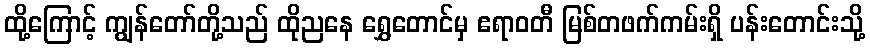
ထို့ကြောင့် ကျွန်တော်တို့သည် ထိုညနေ ရွှေတောင်မှ ဧရာဝတီ မြစ်တဖက်ကမ်းရှိ ပန်းတောင်းသို့